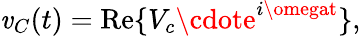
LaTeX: \mathit{v}_{C}(t)=\operatorname{Re}\{ V_{c}\cdote^{i\omegat}\} ,